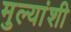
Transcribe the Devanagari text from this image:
मुल्यांशी